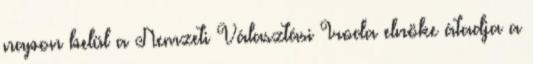
napon belül a Nemzeti Választási Iroda elnöke átadja a